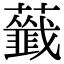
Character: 𧃖